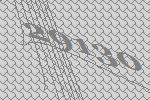
29130